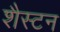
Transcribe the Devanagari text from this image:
शैस्टन